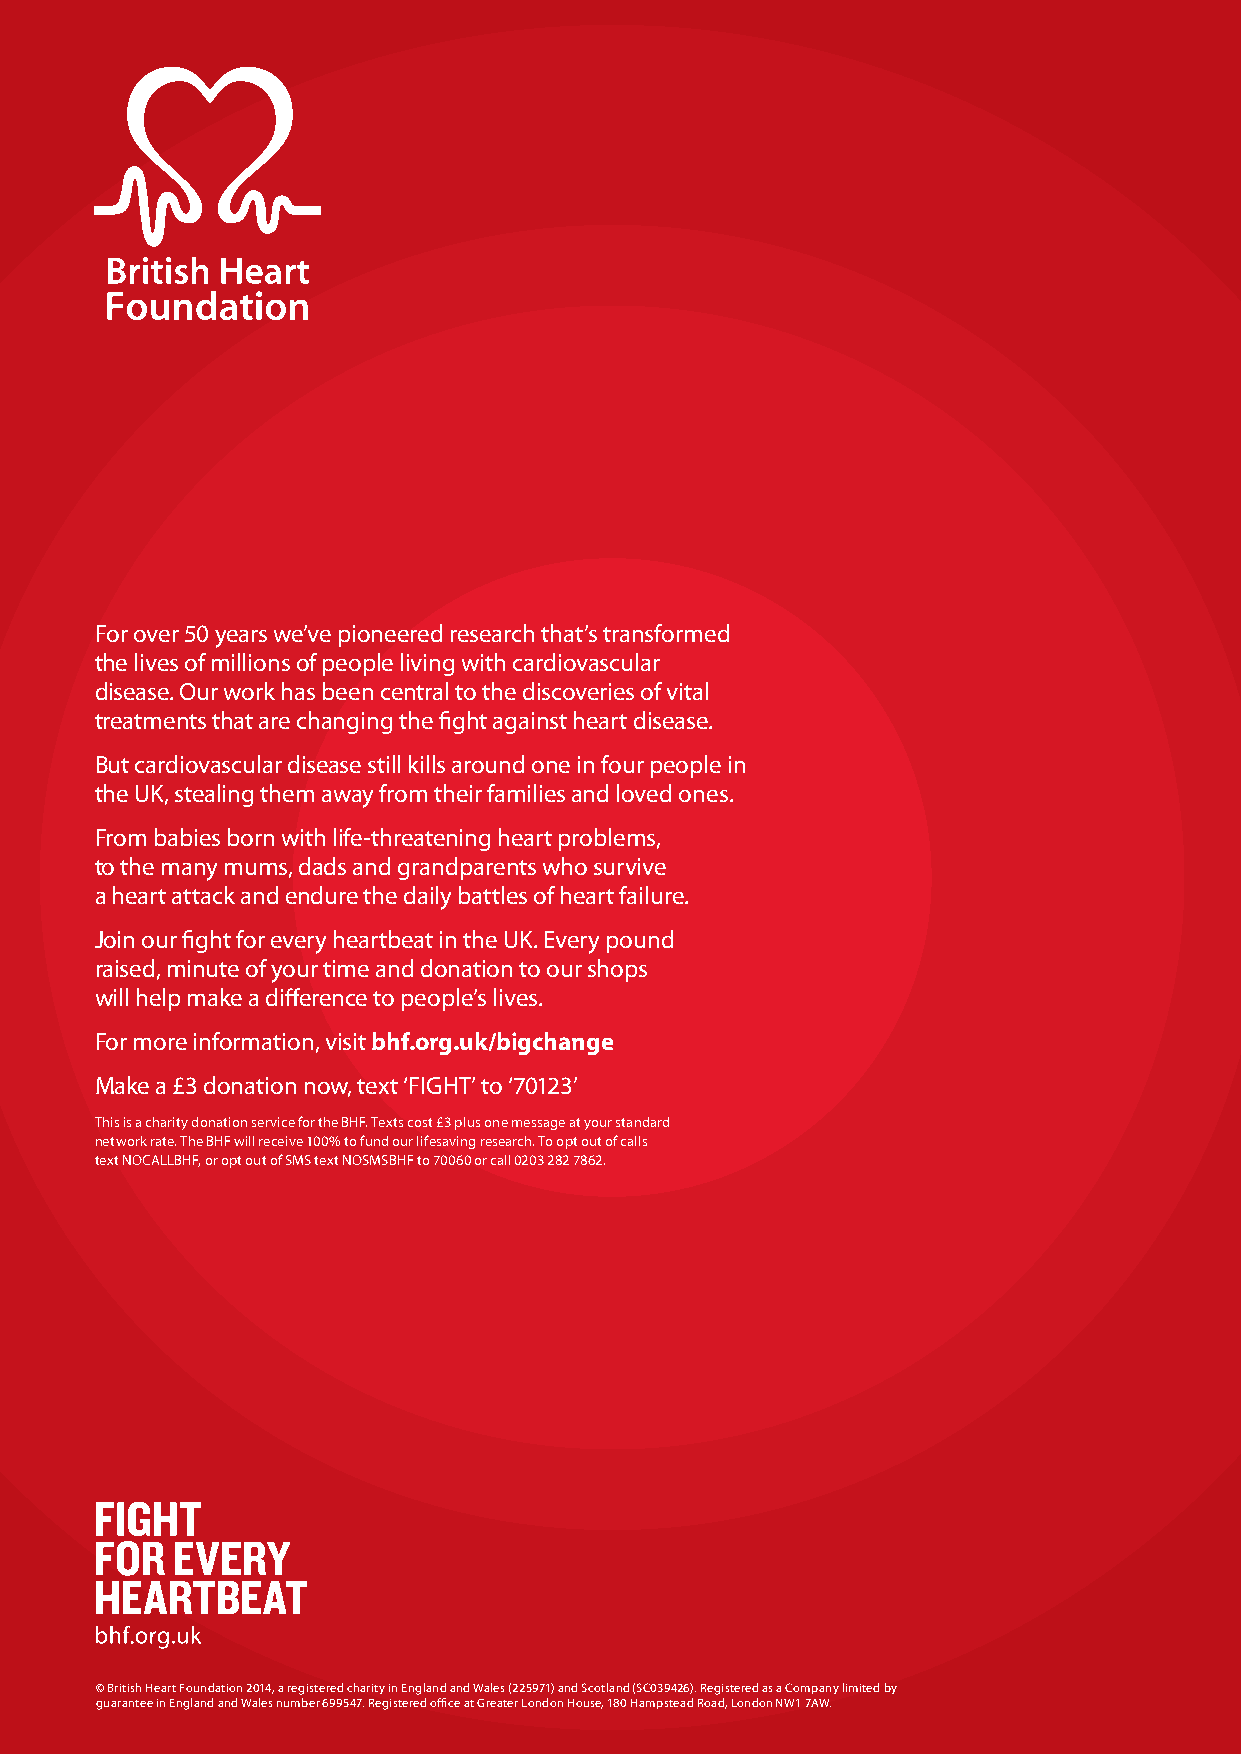
For over 50 years we’ve pioneered research that’s transformed
 the lives of millions of people living with cardiovascular
 disease. Our work has been central to the discoveries of vital
 treatments that are changing the fight against heart disease.
 But cardiovascular disease still kills around one in four people in
 the UK, stealing them away from their families and loved ones.
 From babies born with life-threatening heart problems,
 to the many mums, dads and grandparents who survive
 a heart attack and endure the daily battles of heart failure.
 Join our fight for every heartbeat in the UK. Every pound
 raised, minute of your time and donation to our shops
 will help make a difference to people’s lives.
 For more information, visit bhf.org.uk/bigchange
 Make a £3 donation now, text ‘FIGHT’ to ‘70123’
 This is a charity donation service for the BHF. Texts cost £3 plus one message at your standard
 network rate. The BHF will receive 100% to fund our lifesaving research. To opt out of calls
 text NOCALLBHF, or opt out of SMS text NOSMSBHF to 70060 or call 0203 282 7862.
 © British Heart Foundation 2014, a registered charity in England and Wales (225971) and Scotland (SC039426). Registered as a Company limited by
 guarantee in England and Wales number 699547. Registered office at Greater London House, 180 Hampstead Road, London NW1 7AW.